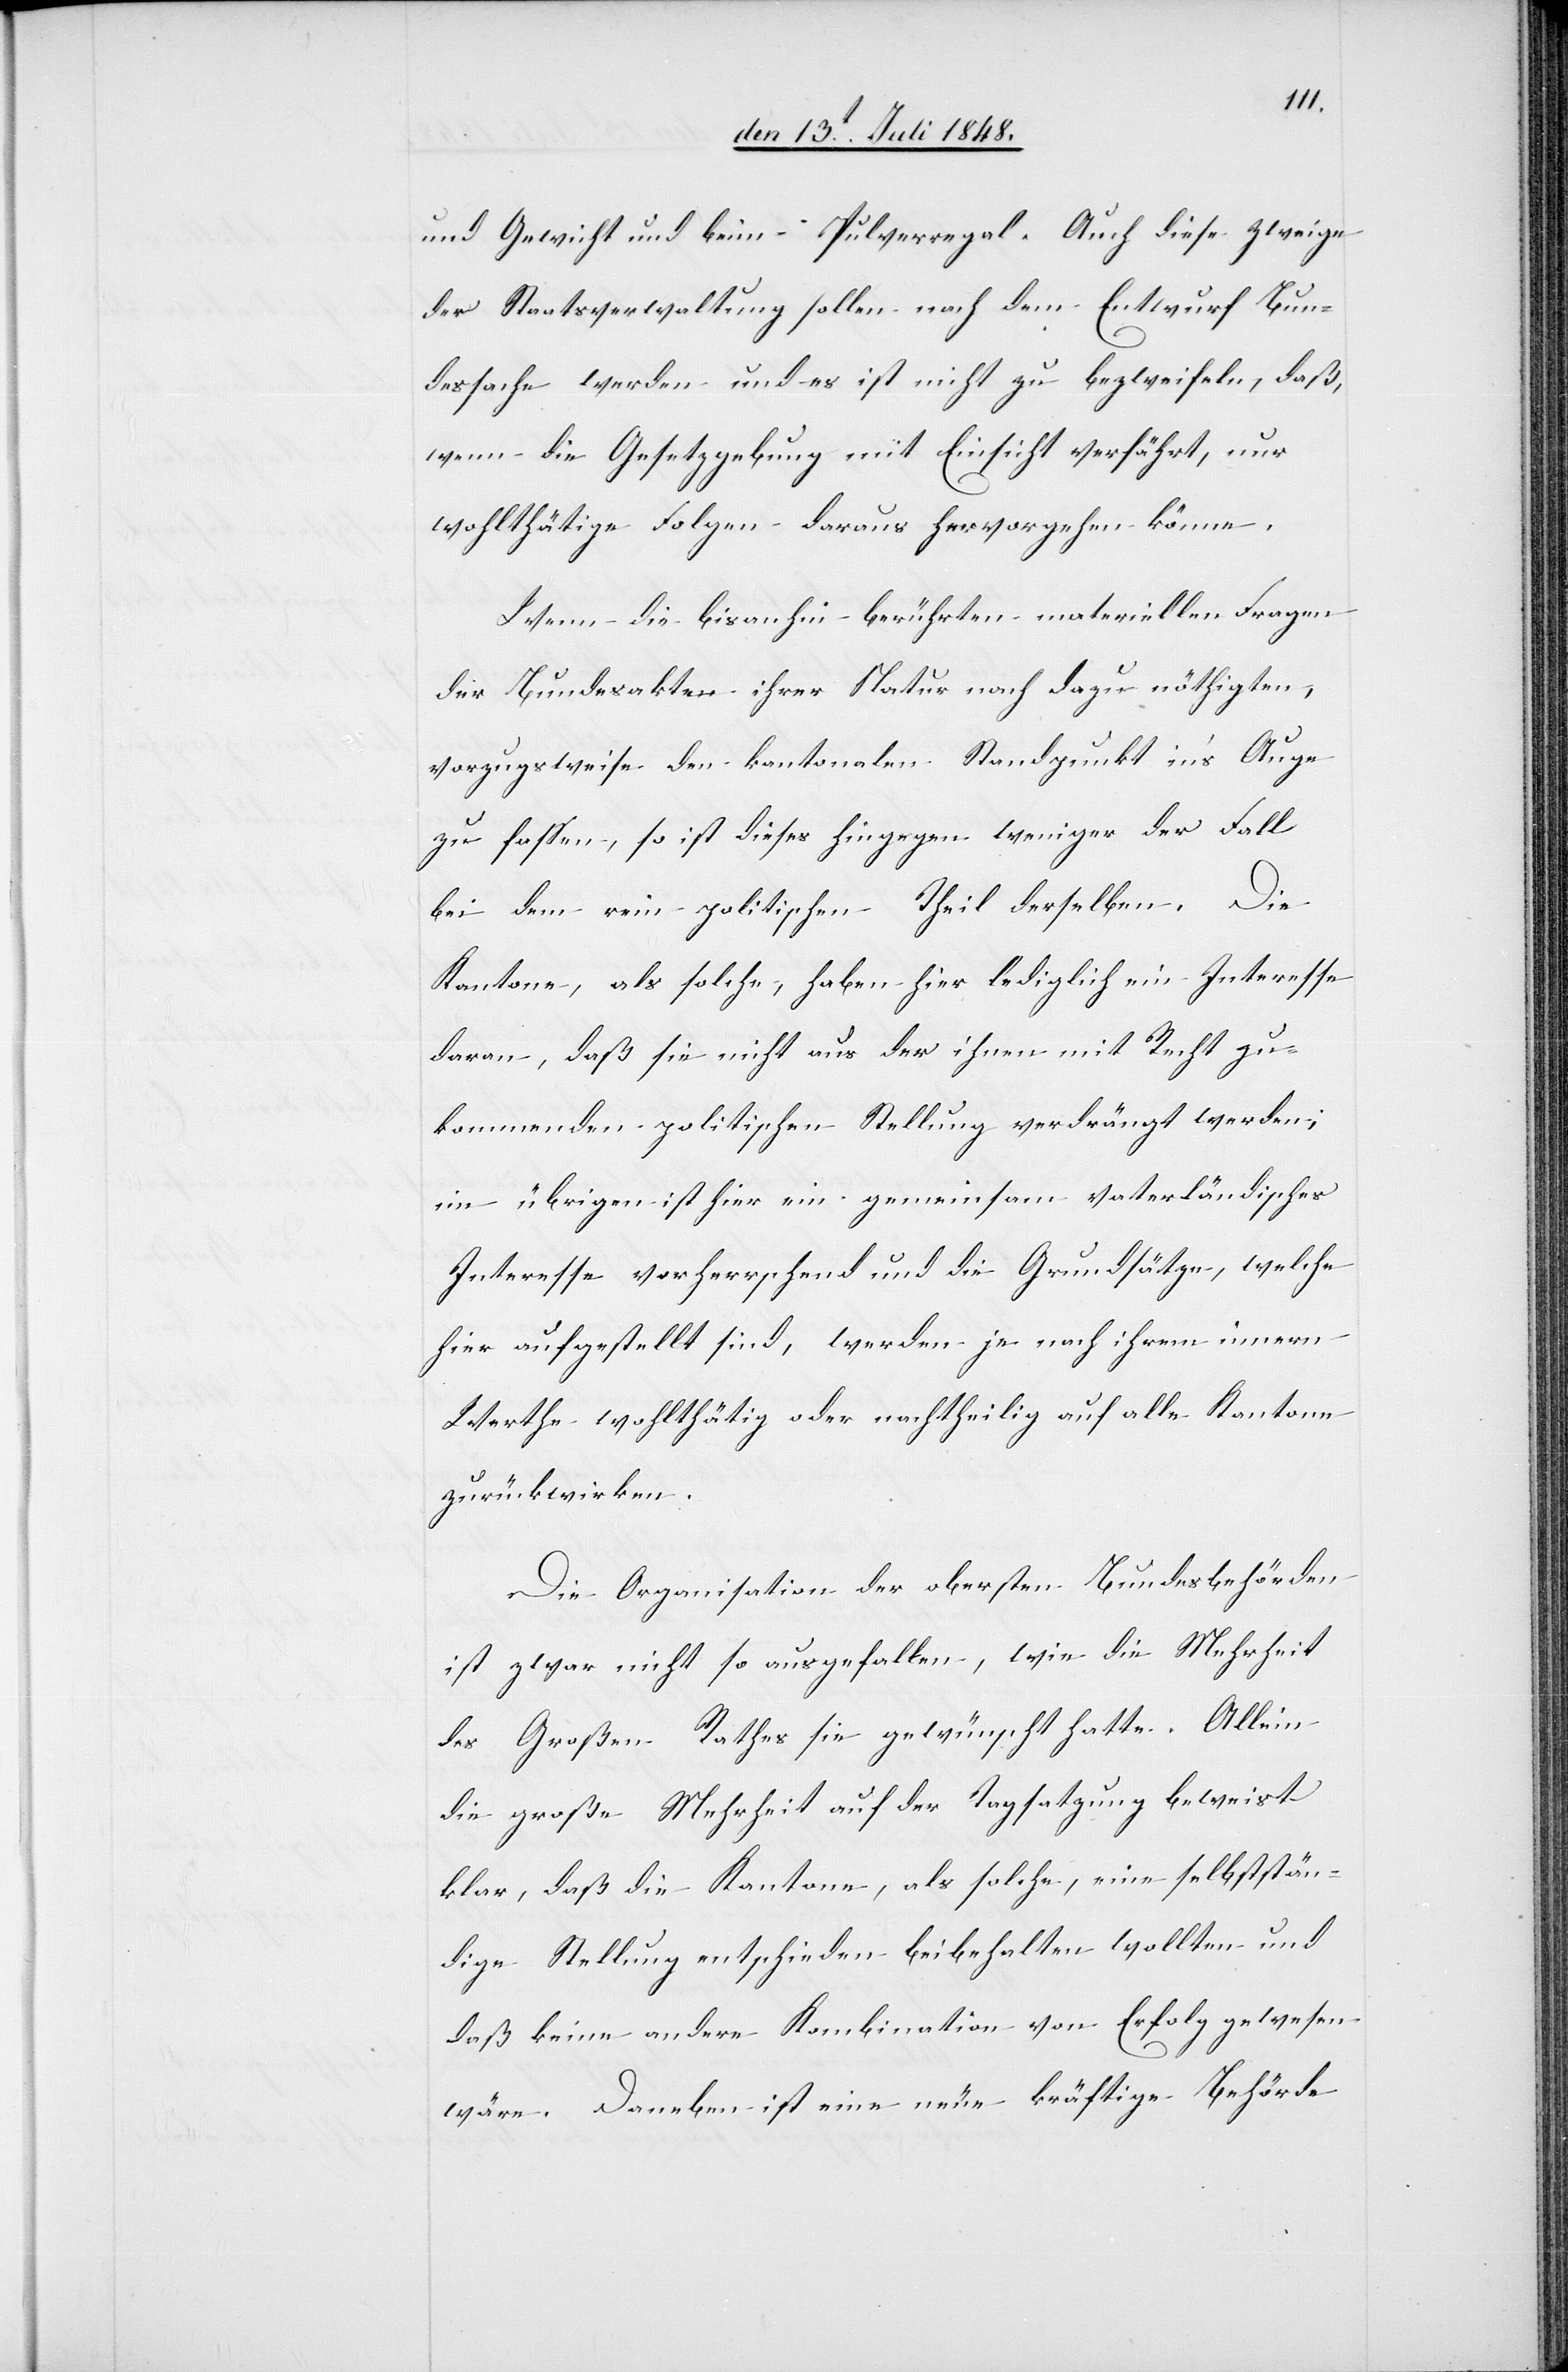
und Gewicht und beim Pulverregal. Auch diese Zweige
der Staatsverwaltung sollen nach dem Entwurf Bun¬
dessache werden und es ist nicht zu bezweifeln, daß,
wenn die Gesetzgebung mit Einsicht verfährt, nur
wohlthätige Folgen daraus hervorgehen könne.
Wenn die bisanhin berührten materiellen Fragen
der Bundesakten ihrer Natur nach dazu nöthigten,
vorzugsweise den kantonalen Standpunkt in’s Auge
zu fassen, so ist dieses hingegen weniger der Fall
bei dem rein politischen Theil derselben. Die
Kantone, als solche, haben hier lediglich ein Interesse
daran, daß sie nicht aus der ihnen mit Recht zu¬
kommenden politischen Stellung verdrängt werden;
im übrigen ist hier ein gemeinsam vaterländisches
Interesse vorherrschend und die Grundsätze, welche
hier aufgestellt sind, werden je nach ihrem innern
Werthe wohlthätig oder nachtheilig auf alle Kantone
zurückwirken.
Die Organisation der obersten Bundesbehörden
ist zwar nicht so ausgefallen, wie die Mehrheit
des Großen Rathes sie gewünscht hatte. Allein
die große Mehrheit auf der Tagsatzung beweist
klar, daß die Kantone, als solche, eine selbststän¬
dige Stellung entschieden beibehalten wollten und
daß keine andere Kombination vorn Erfolg gewesen
wäre. Daneben ist eine neue kräftige Behörde